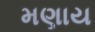
મણાય